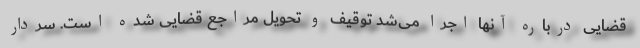
قضایی درباره آنها اجرا می‌شد توقیف و تحویل مراجع قضایی شده است. سردار